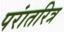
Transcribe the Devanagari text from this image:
परांतरित्र